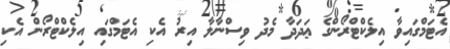
އެޓަމްގައިވާ އިލެކްޓްރޯންގެ ޢަދަދާ މެދު ވިސްނާލާ އިރު އެކި އެޓަމްގައި އިލެކްޓްރޯން އެކި